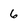
Character: 6